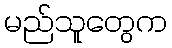
မည်သူတွေက